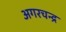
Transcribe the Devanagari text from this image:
अगरचन्द्र